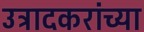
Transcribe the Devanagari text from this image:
उत्रादकरांच्या